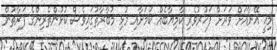
މިއީ އޭނާއަށް ވަރަށް ފަޚުރުވެރި ކާމިޔާބެއް ކަމަށާއި މުޅި މުބާރާތުގައިވެސް ކުޅުންތެރިންގެ ފަރާތުން